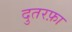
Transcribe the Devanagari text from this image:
दुतरफ़ा